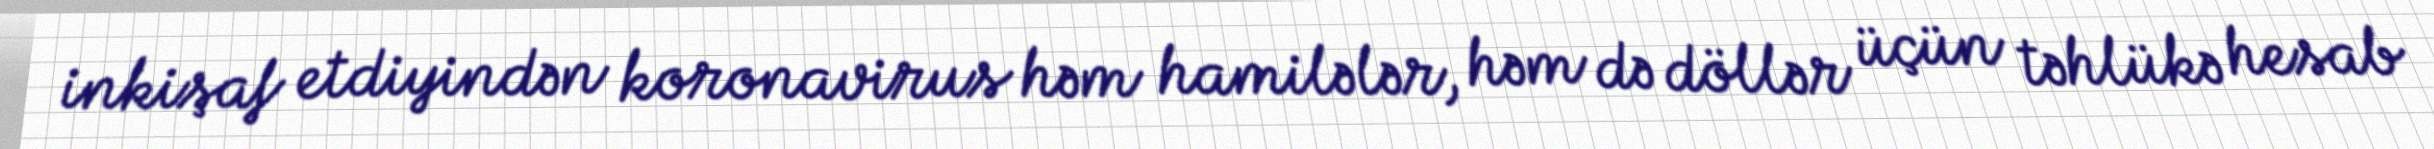
inkişaf etdiyindən koronavirus həm hamilələr, həm də döllər üçün təhlükə hesab